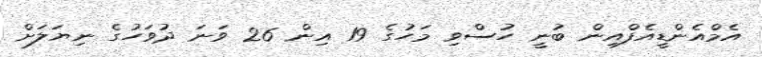
އެމްއެންޑީއެފްއިން ބުނީ ހުސްވި މަހުގެ 19 އިން 26 ވަނަ ދުވަހުގެ ނިޔަލަށް